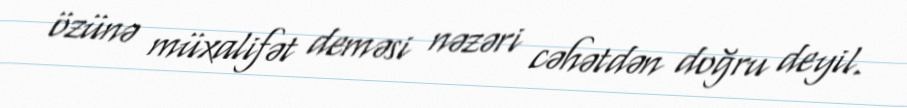
özünə müxalifət deməsi nəzəri cəhətdən doğru deyil.